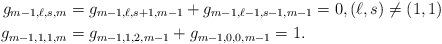
LaTeX: \begin{align*}g_{m-1,\ell,s,m}&=g_{m-1,\ell,s+1,m-1}+g_{m-1,\ell-1,s-1,m-1}=0,(\ell,s)\neq (1,1)\\g_{m-1,1,1,m}&=g_{m-1,1,2,m-1}+g_{m-1,0,0,m-1}=1.\end{align*}